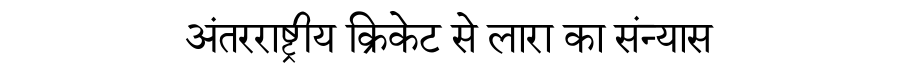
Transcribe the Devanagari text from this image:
अंतरराष्ट्रीय क्रिकेट से लारा का संन्यास